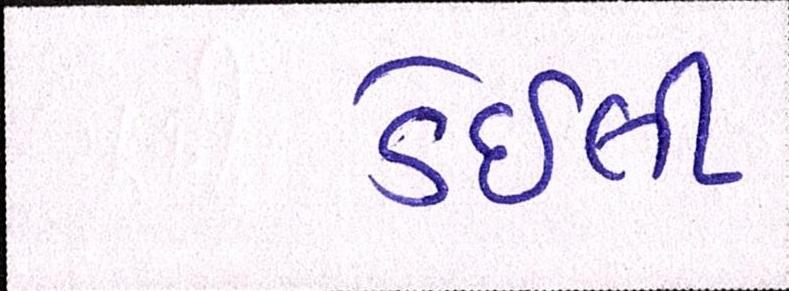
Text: ડેઇલી